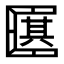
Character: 𠥩